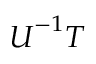
{ \boldsymbol { U } } ^ { - 1 } { \boldsymbol { T } }